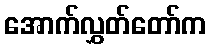
အောက်လွှတ်တော်က